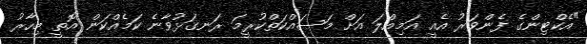
"އެކްޓިންގެ ފެންވަރު އެއީ އަމިއްލަ އަށް މަސައްކަތްކުރީމަ ރަނގަޅުވާނެ ކަމެއްކަން އޮތީ މިހާރު